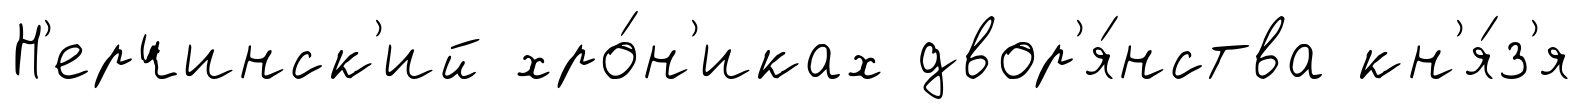
Н'ерчинск'ий хро́н'иках двор'я́нства кн'я́з'я